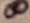
Text: 8